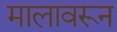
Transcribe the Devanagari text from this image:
मालावरून